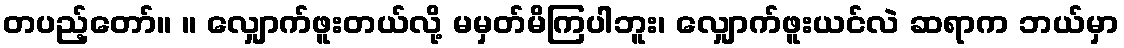
တပည့်တော်။ ။ လျှောက်ဖူးတယ်လို့ မမှတ်မိကြပါဘူး၊ လျှောက်ဖူးယင်လဲ ဆရာက ဘယ်မှာ